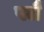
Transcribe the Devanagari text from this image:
पलै